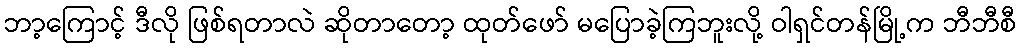
ဘာ့ကြောင့် ဒီလို ဖြစ်ရတာလဲ ဆိုတာတော့ ထုတ်ဖော် မပြောခဲ့ကြဘူးလို့ ဝါရှင်တန်မြို့က ဘီဘီစီ